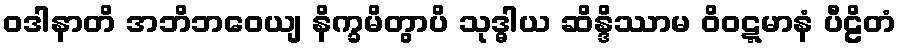
ဝဒါနာတိ အဘိဘဝေယျ နိက္ခမိတွာပိ သုဒ္ဓါယ ဆိန္ဒိဿာမ ဝိဝဋ္ဋမာနံ ပီဠိတံ